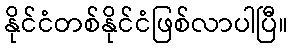
နိုင်ငံတစ်နိုင်ငံဖြစ်လာပါပြီ။